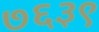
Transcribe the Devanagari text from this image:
७६३९